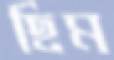
ছিম